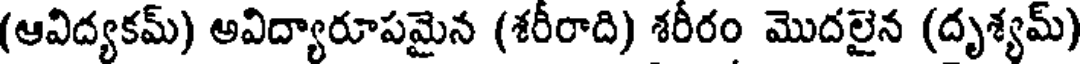
(ఆవిద్యకమ్) అవిద్యారూపమైన (శరీరాది) శరీరం మొదలైన (దృశ్యమ్)